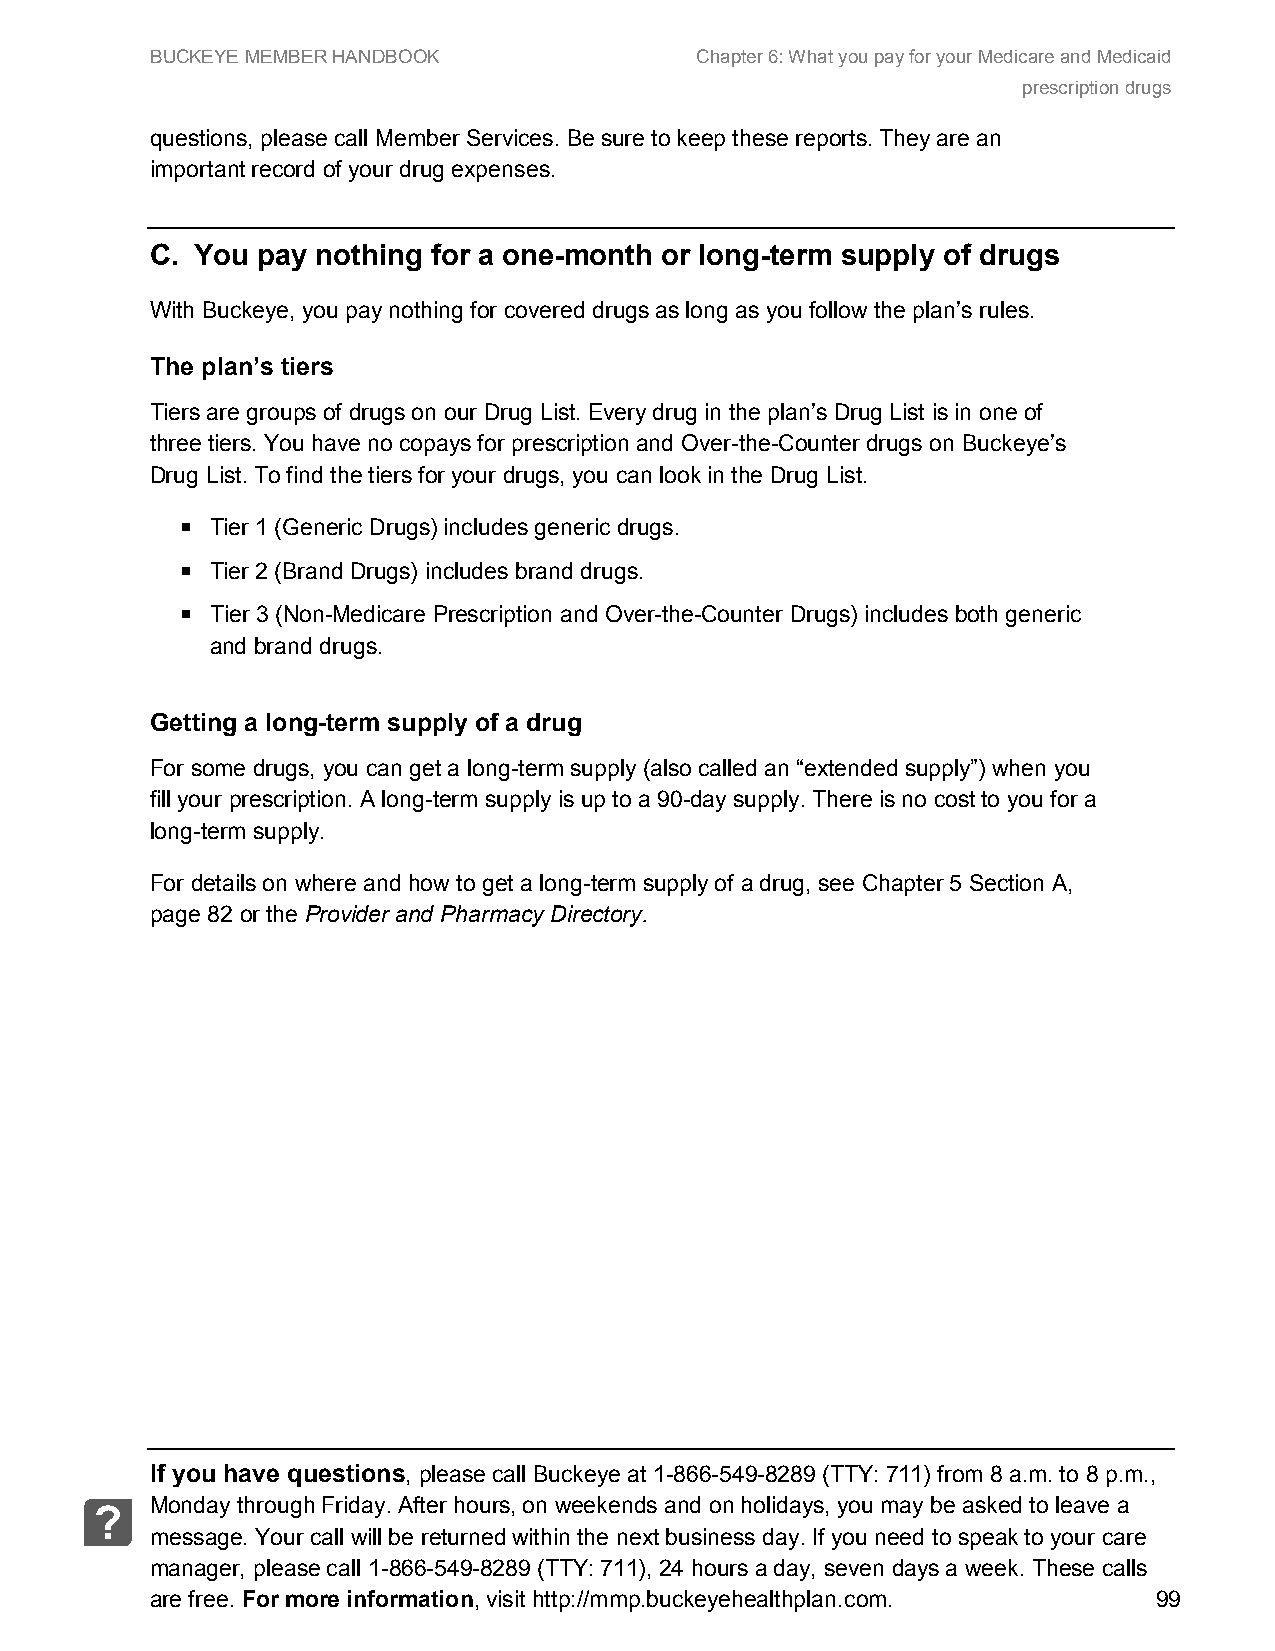
BUCKEYE MEMBER HANDBOOK             Chapter 6: What you pay for your Medicare and Medicaid
 prescription drugs
 questions, please call Member Services. Be sure to keep these reports. They are an
 important record of your drug expenses.
 C. You pay nothing for a one-month or long-term supply of drugs
 With Buckeye, you pay nothing for covered drugs as long as you follow the plan’s rules.
 The plan’s tiers
 Tiers are groups of drugs on our Drug List. Every drug in the plan’s Drug List is in one of
 three tiers. You have no copays for prescription and Over-the-Counter drugs on Buckeye’s
 Drug List. To find the tiers for your drugs, you can look in the Drug List.
  Tier 1 (Generic Drugs) includes generic drugs.
  Tier 2 (Brand Drugs) includes brand drugs.
  Tier 3 (Non-Medicare Prescription and Over-the-Counter Drugs) includes both generic
 and brand drugs.
 Getting a long-term supply of a drug
 For some drugs, you can get a long-term supply (also called an “extended supply”) when you
 fill your prescription. A long-term supply is up to a 90-day supply. There is no cost to you for a
 long-term supply.
 For details on where and how to get a long-term supply of a drug, see Chapter 5 Section A,
 page 82 or the Provider and Pharmacy Directory.
 If you have questions, please call Buckeye at 1-866-549-8289 (TTY: 711) from 8 a.m. to 8 p.m.,
 Monday through Friday. After hours, on weekends and on holidays, you may be asked to leave a
 ?
 message. Your call will be returned within the next business day. If you need to speak to your care
 manager, please call 1-866-549-8289 (TTY: 711), 24 hours a day, seven days a week. These calls
 are free. For more information, visit http://mmp.buckeyehealthplan.com. 99